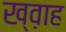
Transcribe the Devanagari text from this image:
ख्व़ाह